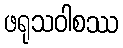
ဖရုသဝါစဿ